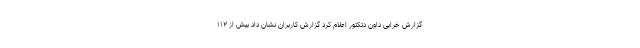
گزارش خرابی داون دتکتور اعلام کرد گزارش کاربران نشان داد بیش از ۱۱۲